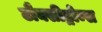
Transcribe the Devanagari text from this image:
टौक्सीड्रोम्स